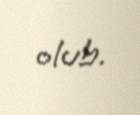
olub.